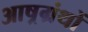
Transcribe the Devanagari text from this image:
आष्रग्रंथों